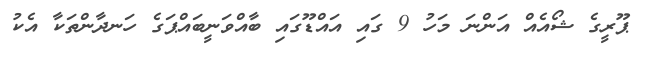
ޕޫރީގެ ޝޯއެއް އަންނަ މަހު 9 ގައި އައްޑޫގައި ބާއްވަނީބަައްޕަގެ ހަނދާންތަކާ އެކު